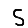
Digit: 5